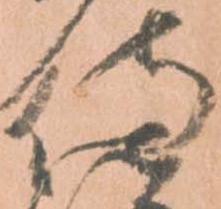
侍